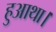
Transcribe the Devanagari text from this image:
हुआथा।